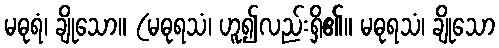
မဓုရံ၊ ချိုသော။ (မဓုရသံ၊ ဟူ၍လည်းရှိ၏။ မဓုရသံ၊ ချိုသော